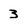
Character: 3